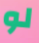
لو